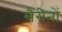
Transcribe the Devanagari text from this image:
मैरीनों